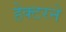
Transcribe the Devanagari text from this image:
हेक्टरने